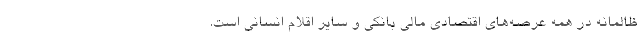
ظالمانه در همه عرصه‌های اقتصادی مالی بانکی و سایر اقلام انسانی است.